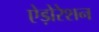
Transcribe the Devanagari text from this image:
ऐड़ोरेशन